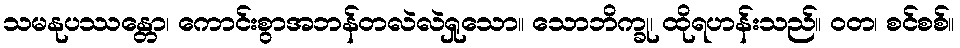
သမနုပဿန္တော၊ ကောင်းစွာအဘန်တလဲလဲရှုသော။ သောဘိက္ခု၊ ထိုရဟန်းသည်။ ဝတ၊ စင်စစ်။